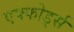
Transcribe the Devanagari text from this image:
एफ्फोर्ड्स